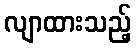
လျာထားသည့်